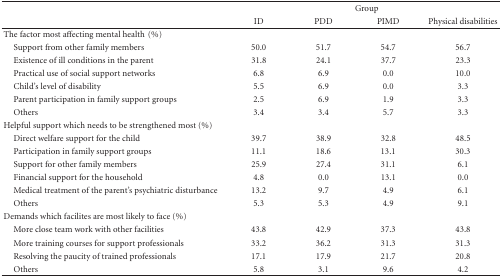
<table><thead><tr><td></td><td colspan="4"><b>Group</b></td></tr><tr><td></td><td><b>ID</b></td><td><b>PDD</b></td><td><b>PIMD</b></td><td><b>Physical disabilities</b></td></tr></thead><tbody><tr><td>The factor most affecting mental health(%)</td><td></td><td></td><td></td><td></td></tr><tr><td> Support from other family members</td><td>50.0</td><td>51.7</td><td>54.7</td><td>56.7</td></tr><tr><td> Existence of ill conditions in the parent</td><td>31.8</td><td>24.1</td><td>37.7</td><td>23.3</td></tr><tr><td> Practical use of social support networks</td><td>6.8</td><td>6.9</td><td>0.0</td><td>10.0</td></tr><tr><td> Child&#x27;s level of disability</td><td>5.5</td><td>6.9</td><td>0.0</td><td>3.3</td></tr><tr><td> Parent participation in family support groups</td><td>2.5</td><td>6.9</td><td>1.9</td><td>3.3</td></tr><tr><td> Others</td><td>3.4</td><td>3.4</td><td>5.7</td><td>3.3</td></tr><tr><td>Helpful support which needs to be strengthened most (%)</td><td></td><td></td><td></td><td></td></tr><tr><td> Direct welfare support for the child</td><td>39.7</td><td>38.9</td><td>32.8</td><td>48.5</td></tr><tr><td> Participation in family support groups</td><td>11.1</td><td>18.6</td><td>13.1</td><td>30.3</td></tr><tr><td> Support for other family members</td><td>25.9</td><td>27.4</td><td>31.1</td><td>6.1</td></tr><tr><td> Financial support for the household</td><td>4.8</td><td>0.0</td><td>13.1</td><td>0.0</td></tr><tr><td> Medical treatment of the parent&#x27;s psychiatric disturbance</td><td>13.2</td><td>9.7</td><td>4.9</td><td>6.1</td></tr><tr><td> Others</td><td>5.3</td><td>5.3</td><td>4.9</td><td>9.1</td></tr><tr><td>Demands which facilites are most likely to face (%)</td><td></td><td></td><td></td><td></td></tr><tr><td> More close team work with other facilities</td><td>43.8</td><td>42.9</td><td>37.3</td><td>43.8</td></tr><tr><td> More training courses for support professionals</td><td>33.2</td><td>36.2</td><td>31.3</td><td>31.3</td></tr><tr><td> Resolving the paucity of trained professionals</td><td>17.1</td><td>17.9</td><td>21.7</td><td>20.8</td></tr><tr><td> Others</td><td>5.8</td><td>3.1</td><td>9.6</td><td>4.2</td></tr></tbody></table>